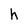
Character: h